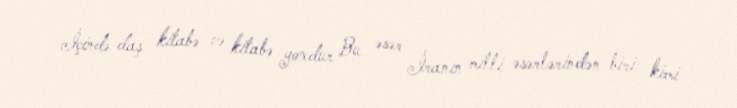
İçində daş kitabə və kitabə yoxdur Bu əsər İranın milli əsərlərindən biri kimi